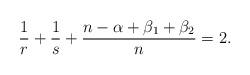
LaTeX: \begin{align*} \frac{1}{r} + \frac{1}{s} +\frac{n-\alpha + \beta_1+\beta_2}{n} = 2 .\end{align*}